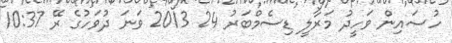
ހުސައިން ވަހީދު މަރާލީ ޑިސެމްބަރު 24 2013 ވަނަ ދުވަހުގެ ރޭ 10:37